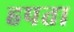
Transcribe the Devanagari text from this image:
हपता